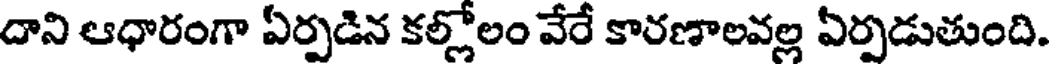
దాని ఆధారంగా ఏర్పడిన కల్లోలం వేరే కారణాలవల్ల ఏర్పడుతుంది.